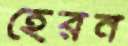
হেরন